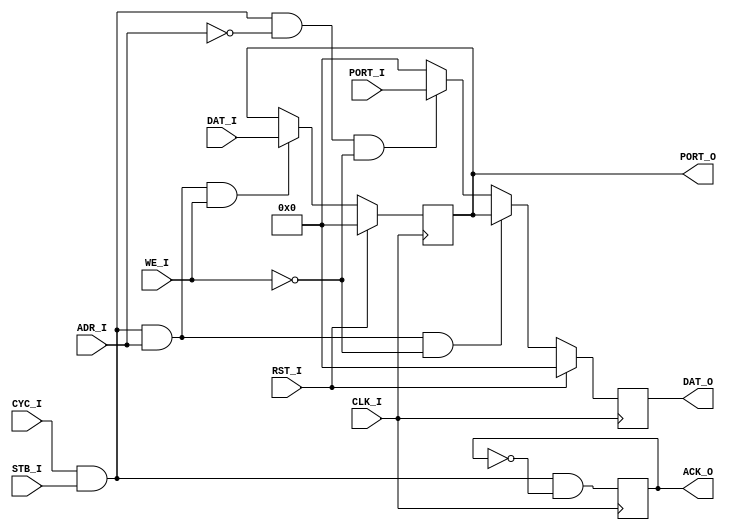
`timescale 1ns / 1ps

module GPIA(
	input					RST_I,
	input					CLK_I,
	output	[15:0]	PORT_O,
	input		[15:0]	PORT_I,
	
	input					ADR_I,
	input					CYC_I,
	input					STB_I,
	input					WE_I,
	input		[15:0]	DAT_I,
	output	[15:0]	DAT_O,
	output				ACK_O
);

	reg		[15:0]	outputs;
	reg		[15:0]	next_outputs;
	reg		[15:0]	data;
	reg		[15:0]	next_data;
	reg					ack;
	reg					next_ack;

	wire					gpia_addressed = (CYC_I & STB_I);
	wire					output_we = (gpia_addressed & ADR_I & WE_I);
	wire					output_oe = (gpia_addressed & ADR_I & ~WE_I);
	wire					input_oe = (gpia_addressed & ~ADR_I & ~WE_I);

	assign PORT_O	= outputs;
	assign ACK_O	= ack;
	assign DAT_O	= data;

	always @(*) begin
		next_outputs = RST_I ? 16'h0000 : (output_we ? DAT_I : outputs);
		next_data = RST_I ? 0 : (output_oe ? outputs : (input_oe ? PORT_I : 0));
		next_ack = gpia_addressed & ~ack;
	end

	always @(posedge CLK_I) begin
		outputs <= next_outputs;
		data <= next_data;
		ack <= next_ack;
	end
endmodule